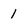
Character: 1